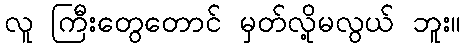
လူ ကြီးတွေတောင် မှတ်လို့မလွယ် ဘူး။